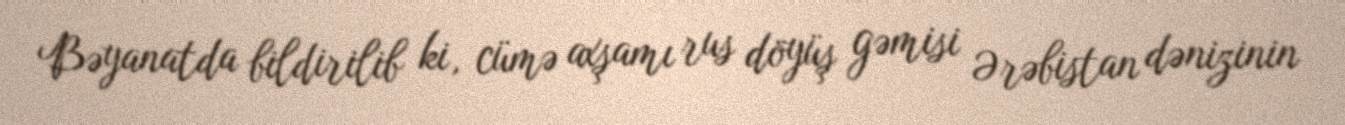
Bəyanatda bildirilib ki, cümə axşamı rus döyüş gəmisi Ərəbistan dənizinin